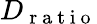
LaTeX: D_{\mathrm{~r~a~t~i~o~}}